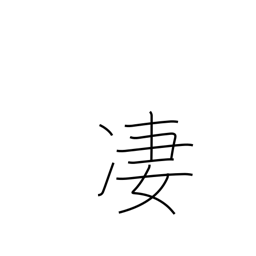
Meaning: horrible